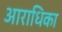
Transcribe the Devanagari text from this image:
आराधिका